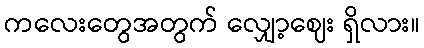
ကလေးတွေအတွက် လျှော့ဈေး ရှိလား။